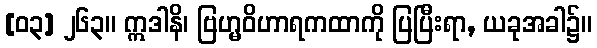
[၀၃] ၂၆၃။ ဣဒါနိ၊ ဗြဟ္မဝိဟာရကထာကို ပြပြီးရာ, ယခုအခါ၌။